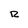
Character: r